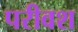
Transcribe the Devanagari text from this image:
परीवश